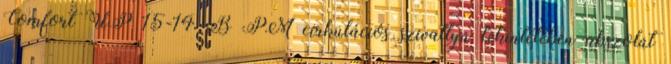
Comfort UP 15-14 B PM cirkulációs szivattyú tekintetében abszolút